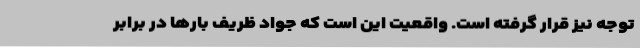
توجه نیز قرار گرفته است. واقعیت این است که جواد ظریف بارها در برابر